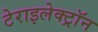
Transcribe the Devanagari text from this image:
टेराइलेक्ट्रॉन